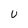
Character: U